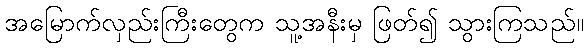
အမြောက်လှည်းကြီးတွေက သူ့အနီးမှ ဖြတ်၍ သွားကြသည်။